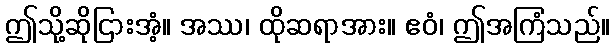
ဤသို့ဆိုငြားအံ့။ အဿ၊ ထိုဆရာအား။ ဧဝံ၊ ဤအကြံသည်။